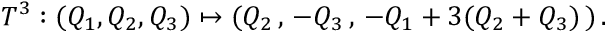
T ^ { 3 } : ( Q _ { 1 } , Q _ { 2 } , Q _ { 3 } ) \mapsto ( Q _ { 2 } \, , \, - Q _ { 3 } \, , \, - Q _ { 1 } + 3 ( Q _ { 2 } + Q _ { 3 } ) \, ) \, .